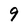
Character: 9